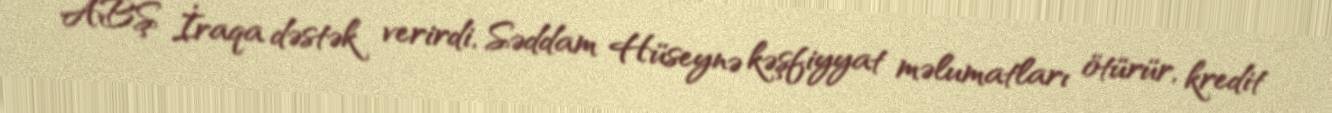
ABŞ İraqa dəstək verirdi, Səddam Hüseynə kəşfiyyat məlumatları ötürür, kredit